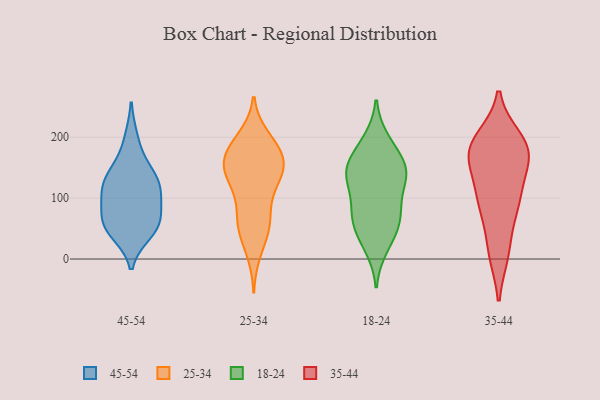
{"axis": {"x": "Churn Rate (%)", "y": "Value"}, "legend": ["18-24", "25-34", "35-44", "45-54"], "data": [{"x": "", "y": 52, "type": "45-54"}, {"x": "", "y": 54, "type": "45-54"}, {"x": "", "y": 53, "type": "45-54"}, {"x": "", "y": 43, "type": "45-54"}, {"x": "", "y": 133, "type": "45-54"}, {"x": "", "y": 72, "type": "45-54"}, {"x": "", "y": 120, "type": "45-54"}, {"x": "", "y": 84, "type": "45-54"}, {"x": "", "y": 107, "type": "45-54"}, {"x": "", "y": 155, "type": "45-54"}, {"x": "", "y": 132, "type": "45-54"}, {"x": "", "y": 198, "type": "45-54"}, {"x": "", "y": 110, "type": "45-54"}, {"x": "", "y": 146, "type": "25-34"}, {"x": "", "y": 137, "type": "25-34"}, {"x": "", "y": 65, "type": "25-34"}, {"x": "", "y": 156, "type": "25-34"}, {"x": "", "y": 170, "type": "25-34"}, {"x": "", "y": 94, "type": "25-34"}, {"x": "", "y": 50, "type": "25-34"}, {"x": "", "y": 199, "type": "25-34"}, {"x": "", "y": 12, "type": "25-34"}, {"x": "", "y": 48, "type": "25-34"}, {"x": "", "y": 143, "type": "25-34"}, {"x": "", "y": 150, "type": "25-34"}, {"x": "", "y": 61, "type": "25-34"}, {"x": "", "y": 187, "type": "25-34"}, {"x": "", "y": 180, "type": "25-34"}, {"x": "", "y": 185, "type": "25-34"}, {"x": "", "y": 116, "type": "25-34"}, {"x": "", "y": 143, "type": "25-34"}, {"x": "", "y": 72, "type": "18-24"}, {"x": "", "y": 69, "type": "18-24"}, {"x": "", "y": 138, "type": "18-24"}, {"x": "", "y": 147, "type": "18-24"}, {"x": "", "y": 33, "type": "18-24"}, {"x": "", "y": 19, "type": "18-24"}, {"x": "", "y": 125, "type": "18-24"}, {"x": "", "y": 195, "type": "18-24"}, {"x": "", "y": 187, "type": "18-24"}, {"x": "", "y": 157, "type": "18-24"}, {"x": "", "y": 88, "type": "18-24"}, {"x": "", "y": 154, "type": "18-24"}, {"x": "", "y": 142, "type": "18-24"}, {"x": "", "y": 129, "type": "18-24"}, {"x": "", "y": 53, "type": "18-24"}, {"x": "", "y": 72, "type": "18-24"}, {"x": "", "y": 11, "type": "35-44"}, {"x": "", "y": 13, "type": "35-44"}, {"x": "", "y": 170, "type": "35-44"}, {"x": "", "y": 175, "type": "35-44"}, {"x": "", "y": 100, "type": "35-44"}, {"x": "", "y": 196, "type": "35-44"}, {"x": "", "y": 156, "type": "35-44"}, {"x": "", "y": 101, "type": "35-44"}, {"x": "", "y": 98, "type": "35-44"}, {"x": "", "y": 183, "type": "35-44"}, {"x": "", "y": 168, "type": "35-44"}, {"x": "", "y": 190, "type": "35-44"}, {"x": "", "y": 78, "type": "35-44"}]}